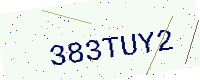
Text: 383TUY2